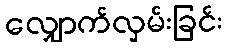
လျှောက်လှမ်းခြင်း